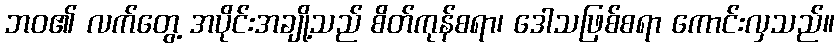
ဘဝ၏ လက်တွေ့ အပိုင်းအချို့သည် စိတ်ကုန်စရာ၊ ဒေါသဖြစ်စရာ ကောင်းလှသည်။